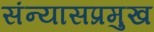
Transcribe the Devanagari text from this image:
संन्यासप्रमुख